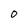
Character: O